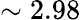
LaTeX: \sim 2.98